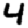
Digit: 4